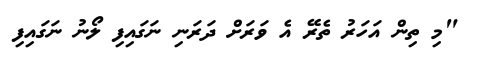
"މި ތިން އަހަރު ތެރޭ އެ ވަރަށް ދަރަނި ނަގައިފި ލޯނު ނަގައިފި